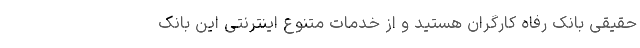
حقیقی بانک رفاه کارگران هستید و از خدمات متنوع اینترنتی این بانک